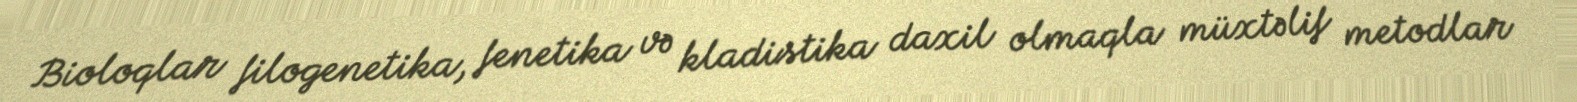
Bioloqlar filogenetika, fenetika və kladistika daxil olmaqla müxtəlif metodlar